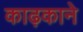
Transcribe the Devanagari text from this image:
काढ़काने